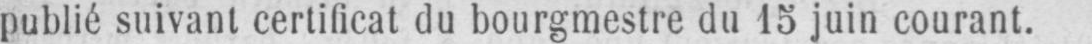
publié suivant certificat du bourgmestre du 15 juin courant.